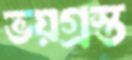
ভয়গ্রস্ত